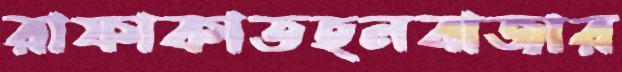
রাফাকাতহলবাজার